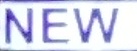
NEW